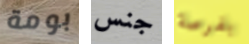
بومة جنس بفرصة